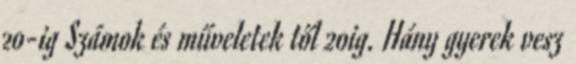
20-ig Számok és műveletek től 20ig. Hány gyerek vesz